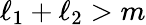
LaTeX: \ell_{1}+\ell_{2}>m